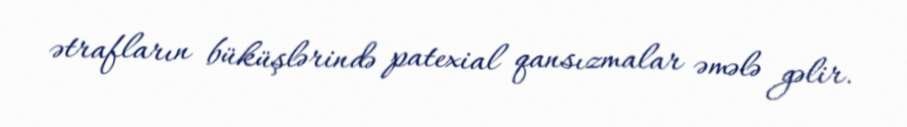
ətrafların büküşlərində patexial qansızmalar əmələ gəlir.